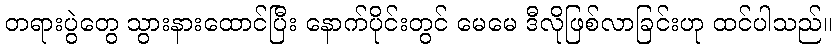
တရားပွဲတွေ သွားနားထောင်ပြီး နောက်ပိုင်းတွင် မေမေ ဒီလိုဖြစ်လာခြင်းဟု ထင်ပါသည်။